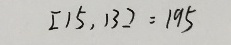
[ 1 5 , 1 3 ] = 1 9 5